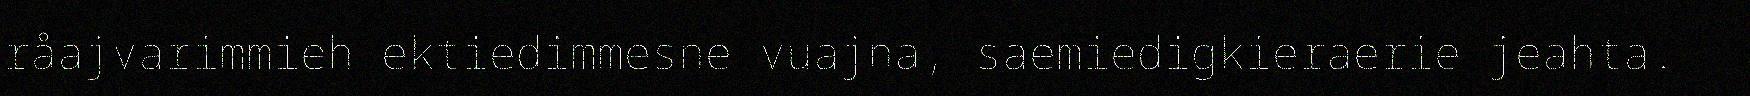
råajvarimmieh ektiedimmesne vuajna, saemiedigkieraerie jeahta.